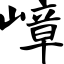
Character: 嶂